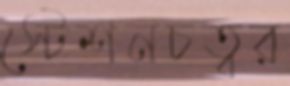
স্টেশনচত্বর